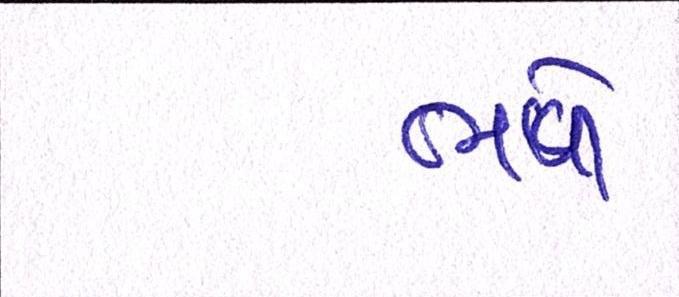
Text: ભળે